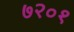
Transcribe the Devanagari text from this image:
७२०१